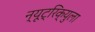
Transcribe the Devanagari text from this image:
न्यूट्रिक्युला